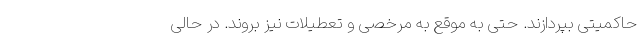
حاکمیتی بپردازند. حتی به موقع به مرخصی و تعطیلات نیز بروند. در حالی